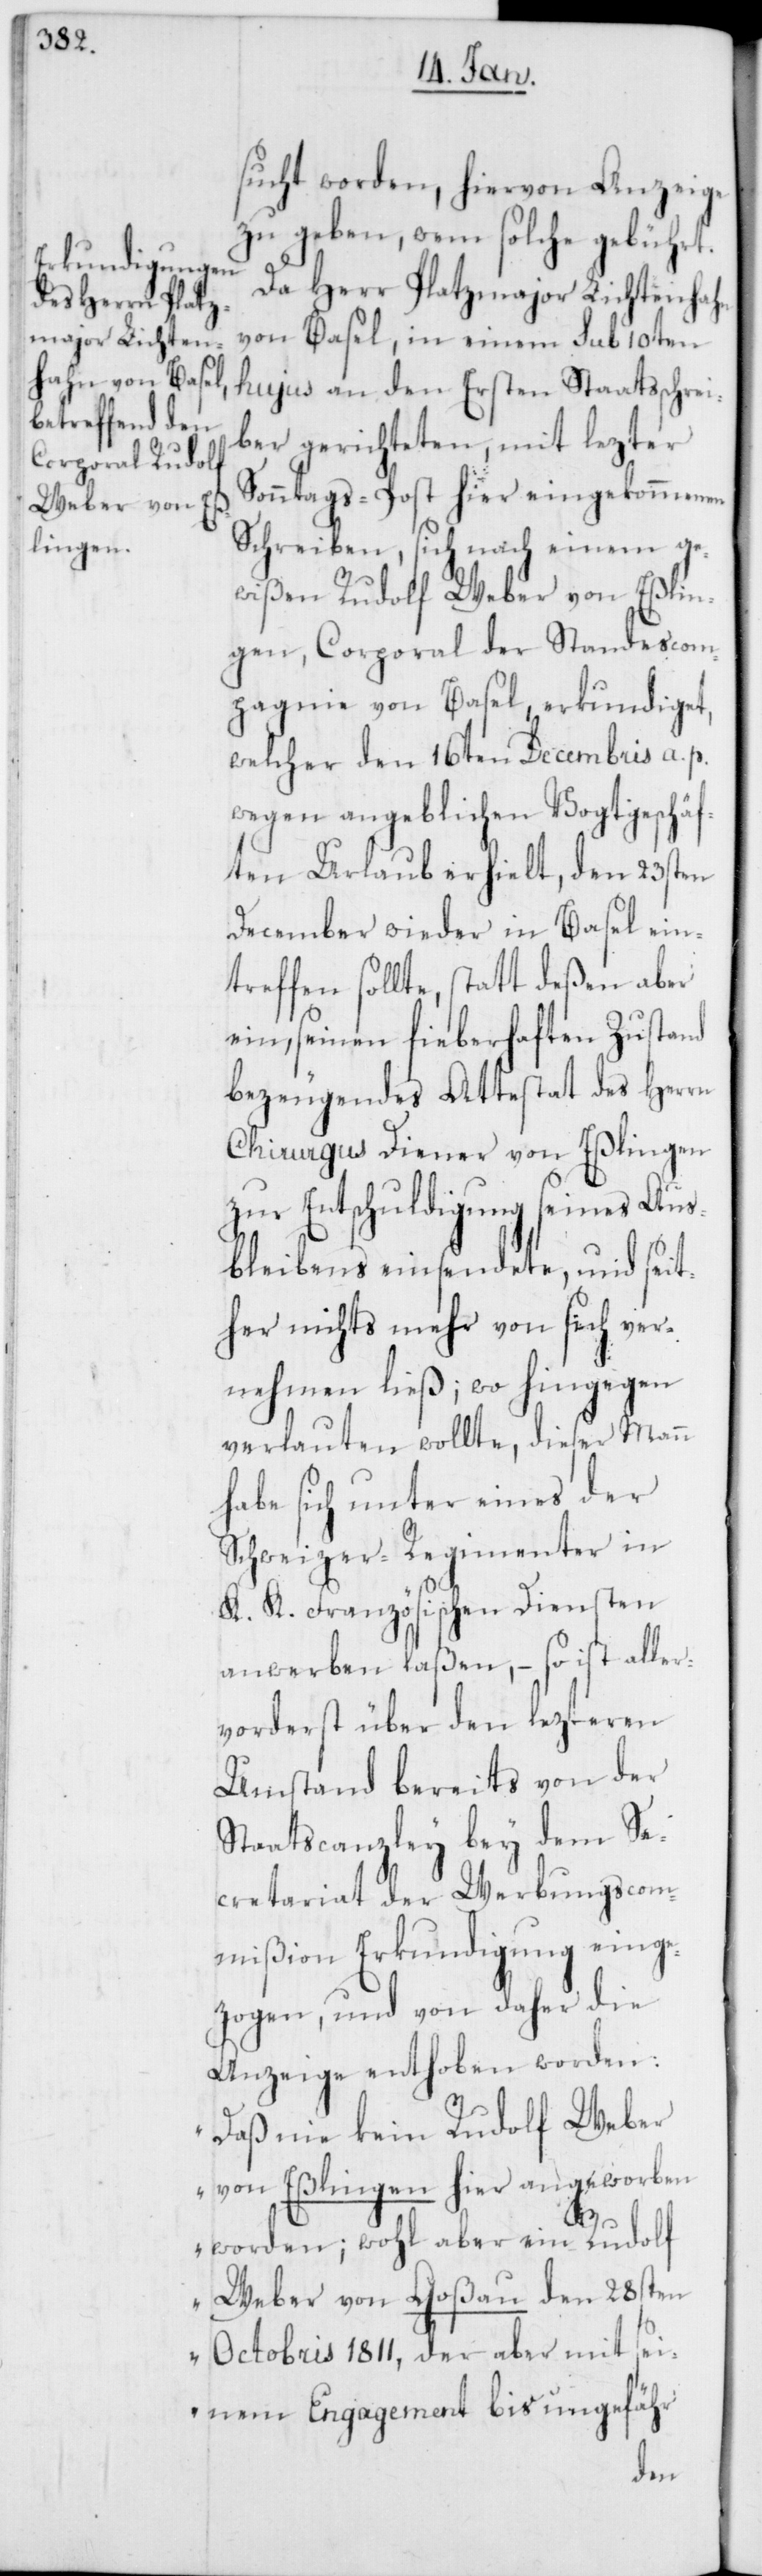
sucht worden, hiervon Anzeige
zu geben, wem solche gebührt.
Da Herr Platzmajor Lichtenhahn
von Basel, in einem sub 10ten
hujus an den Ersten Staatsschrei¬
ber gerichteten, mit lezter
Sonntags-Post hier eingekommenen
Schreiben, sich nach einem ge¬
wißen Rudolf Weber von Eßlin¬
gen, Corporal der Standescom¬
pagnie von Basel, erkundiget,
welcher den 16ten December a. p.
wegen angeblichen Vogtgeschä¬
ften Urlaub erhielt, den 23sten
December wieder in Basel ein¬
treffen sollte, statt deßen aber
ein, seinen fieberhaften Zustand
bezeugendes Attestat des Herrn
Chirurgus Diener von Eßlingen
zur Entschuldigung seines Aus¬
bleibens einsendete, und seit¬
her nichts mehr von sich ver¬
nehmen ließ; wo hingegen
verlauten wollte, dieser Mann
habe sich unter eines der
Schweizer-Regimenter in
K. K. Französischen Diensten
anwerben laßen, – so ist aller¬
vorderst über den lezteren
Umstand bereits von der
Staatscanzley bey dem Se¬
cretariat der Werbungscom¬
mißion Erkundigung einge¬
zogen, und von daher die
Anzeige enthoben worden:
„Daß nie kein Rudolf Weber
von Eßlingen hier angeworben
worden; wohl aber ein Rudolf
Weber von Goßau den 28sten
Octobris 1811, der aber mit sei¬
nem Engagement bis ungefähr